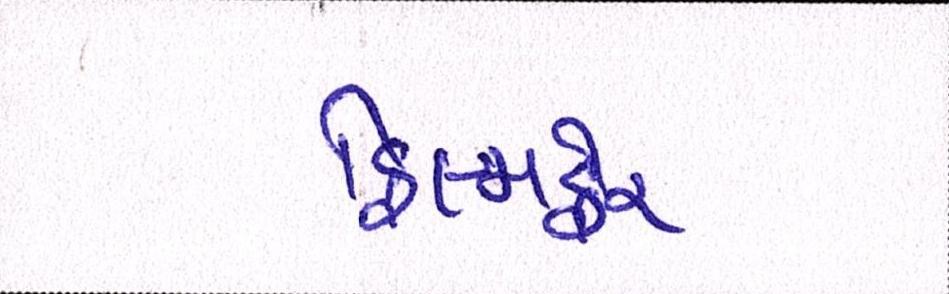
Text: ફિલ્મફેર